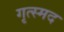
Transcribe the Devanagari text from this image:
गृत्स्मद